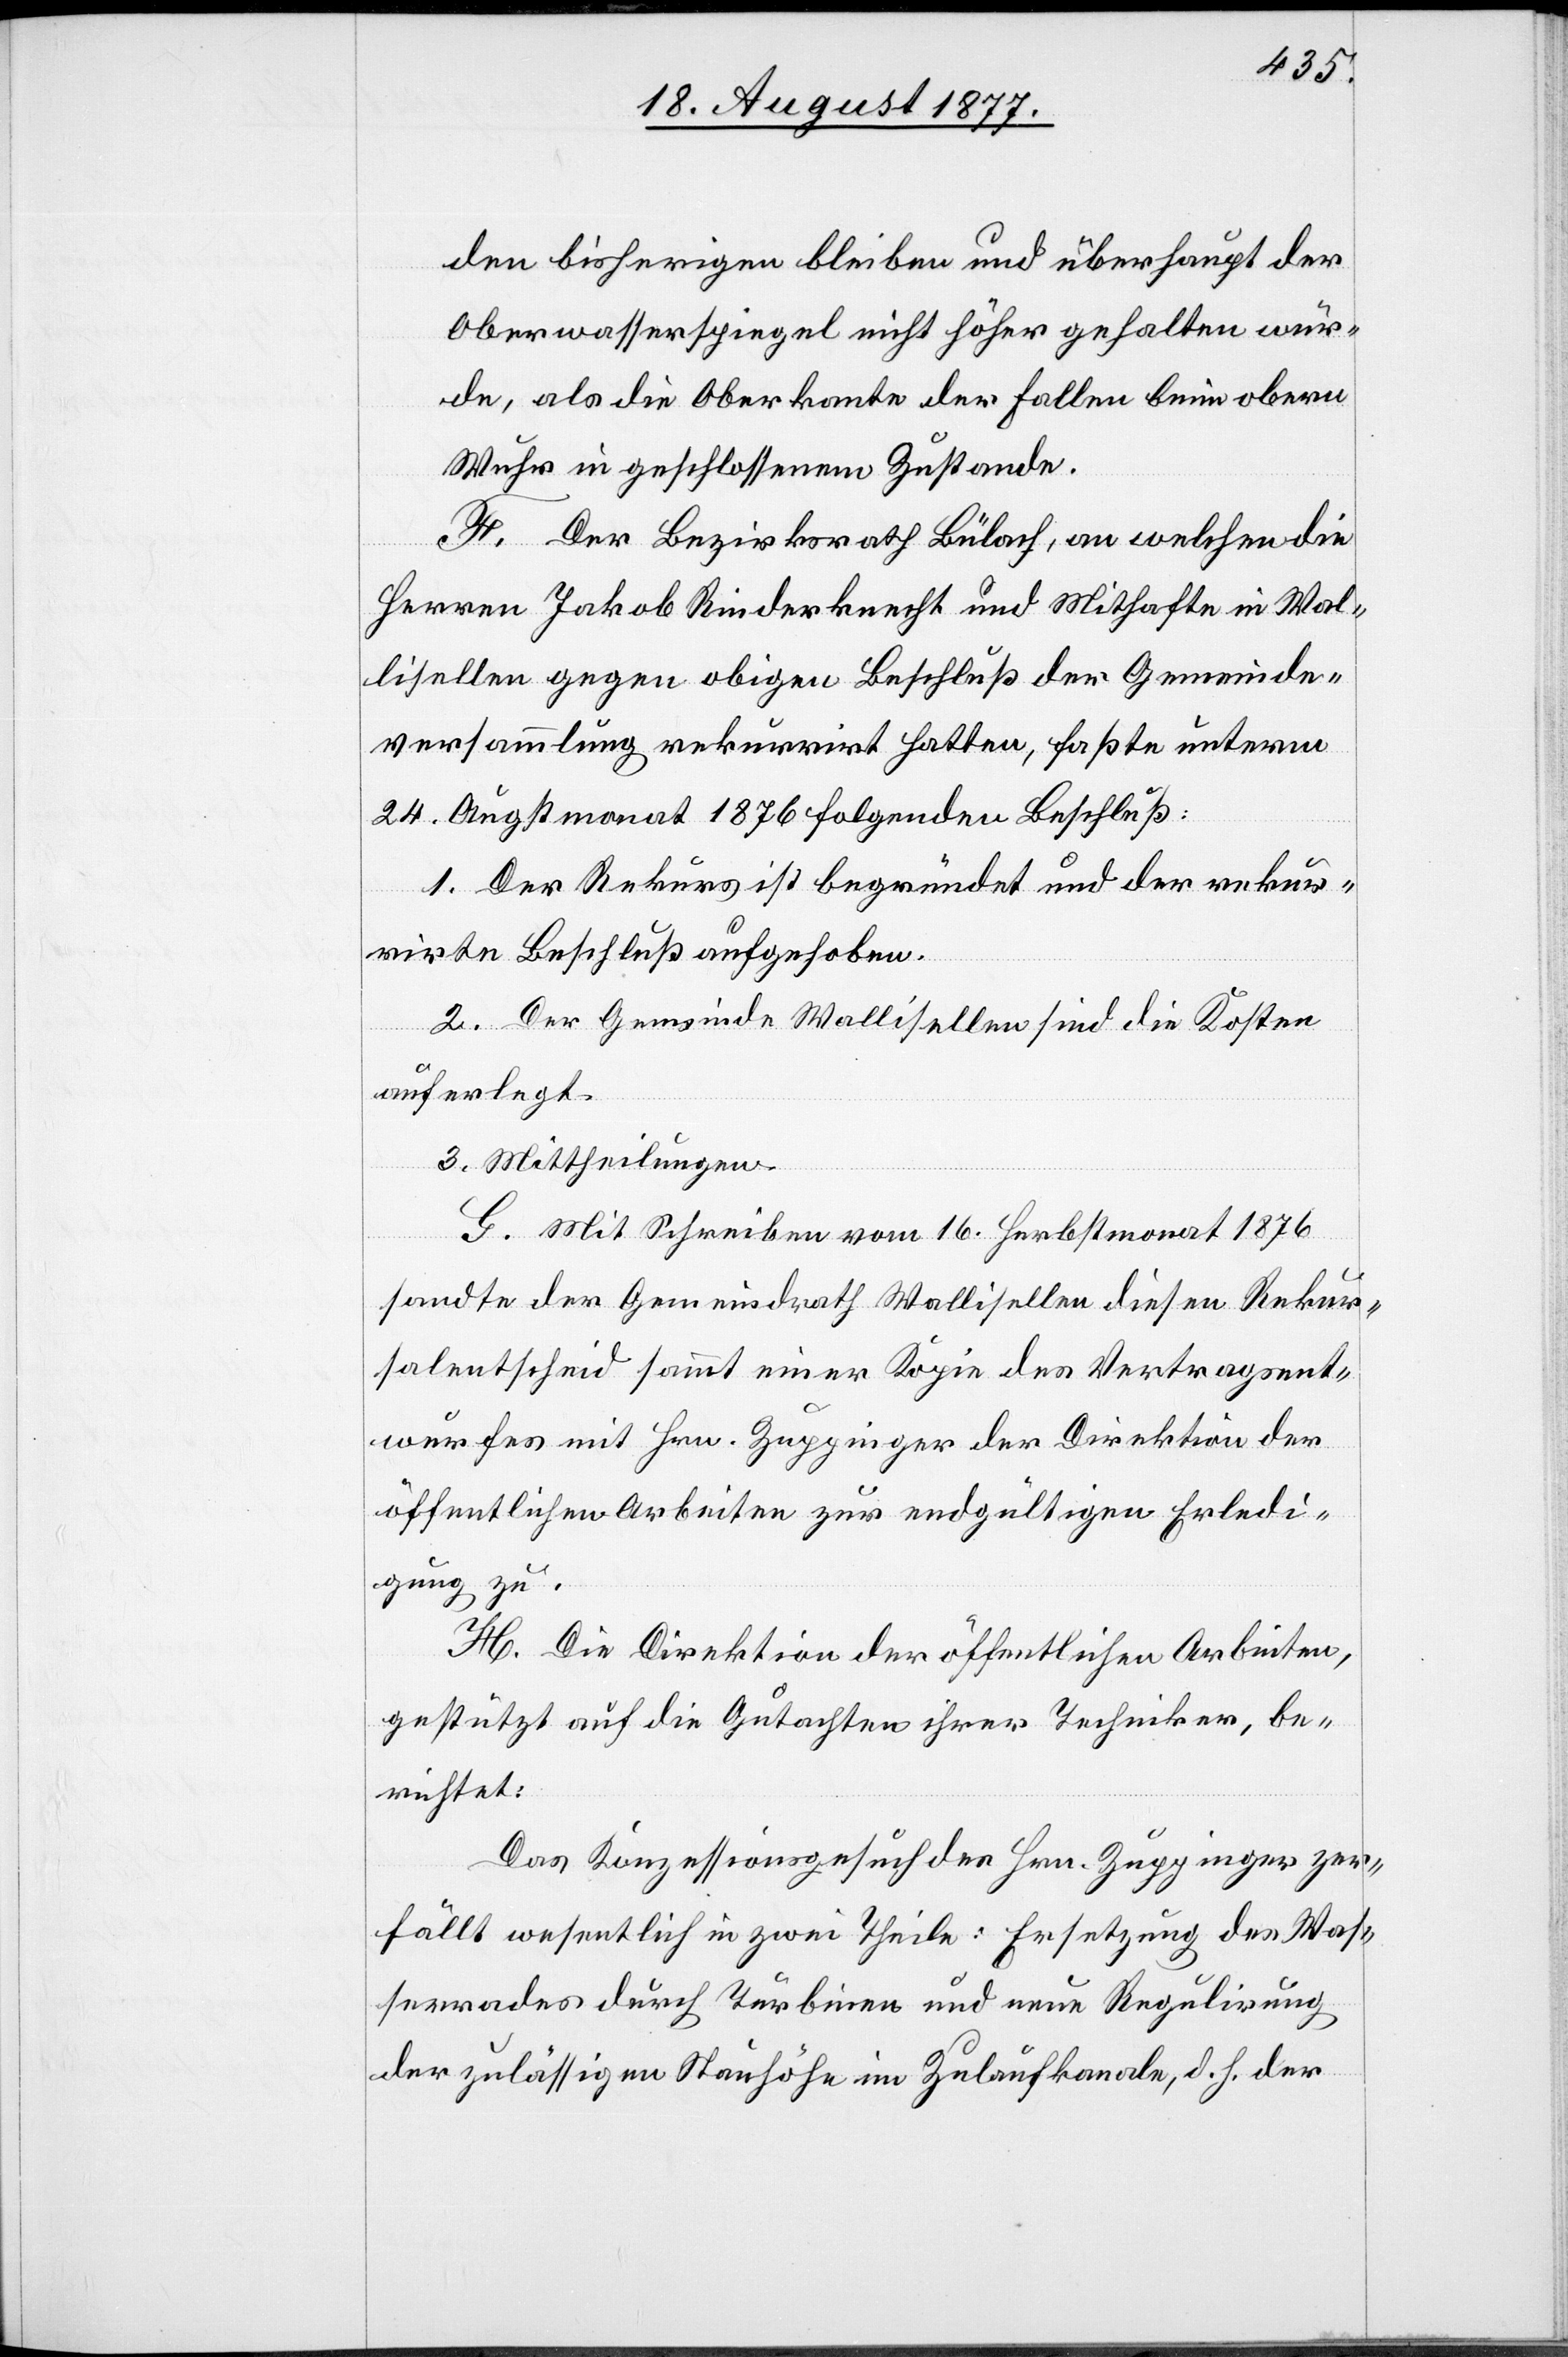
den bisherigen bleiben und überhaupt der
Oberwasserspiegel nicht höher gehalten wür¬
de, als die Oberkante der Fallen beim obern
Wuhr in geschlossenem Zustande.
F. Der Bezirksrath Bülach, an welchen die
Herren Jakob Rinderknecht und Mithafte in Wal¬
lisellen gegen obigen Beschluß der Gemeinde¬
versammlung rekurrirt hatten, faßte unterm
24. Augstmonat 1876 folgenden Beschluß:
1. Der Rekurs ist begründet und der rekur¬
rirte Beschluß aufgehoben.
2. Der Gemeinde Wallisellen sind die Kosten
auferlegt.
3. Mittheilungen.
G. Mit Schreiben vom 16. Herbstmonat 1876
sandte der Gemeindrath Wallisellen diesen Rekur¬
salentscheid sammt einer Kopie des Vertragsent¬
wurfes mit Hrn. Zuppinger der Direktion der
öffentlichen Arbeiten zur endgültigen Erledi¬
gung zu.
H. Die Direktion der öffentlichen Arbeiten,
gestützt auf die Gutachten ihrer Techniker, be¬
richtet:
Das Konzessionsgesuch des Hrn. Zuppinger zer¬
fällt wesentlich in zwei Theile: Ersetzung des Was¬
serrades durch Turbinen und neue Regulirung
der zulässigen Stauhöhe im Zulaufkanale, d. h. der